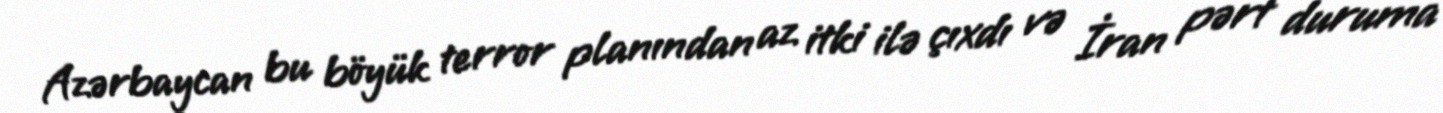
Azərbaycan bu böyük terror planından az itki ilə çıxdı və İran pərt duruma